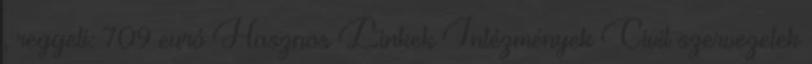
, reggeli: 709 euró Hasznos Linkek Intézmények Civil szervezetek